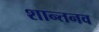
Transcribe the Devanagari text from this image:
शान्तनव